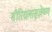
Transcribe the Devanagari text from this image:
सीरियलाइज़ेष्ण